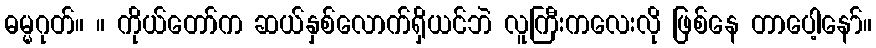
ဓမ္မဂုတ်။ ။ ကိုယ်တော်က ဆယ်နှစ်လောက်ရှိယင်ဘဲ လူကြီးကလေးလို ဖြစ်နေ တာပေါ့နော်။